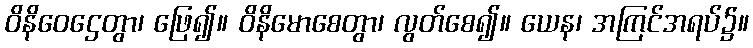
ဝိနိဝေဌေတွာ၊ ဖြေ၍။ ဝိနိမောစေတွာ၊ လွတ်စေ၍။ ယေန၊ အကြင်အရပ်၌။